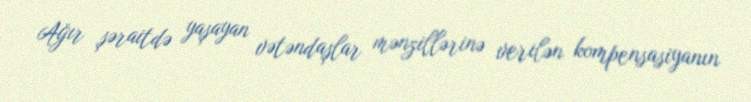
Ağır şəraitdə yaşayan vətəndaşlar mənzillərinə verilən kompensasiyanın